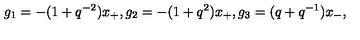
g _ { 1 } = - ( 1 + q ^ { - 2 } ) x _ { + } , g _ { 2 } = - ( 1 + q ^ { 2 } ) x _ { + } , g _ { 3 } = ( q + q ^ { - 1 } ) x _ { - } ,